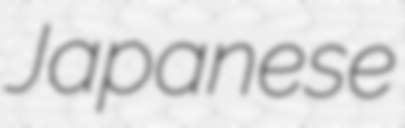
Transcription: Japanese